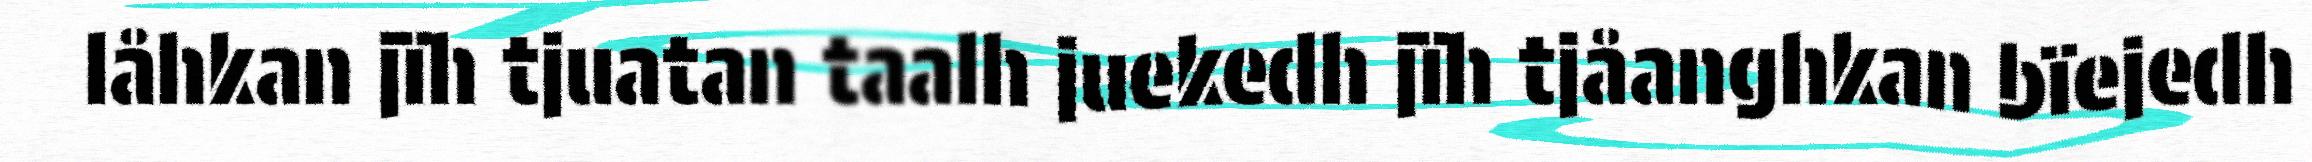
låhkan jïh tjuatan taalh juekedh jïh tjåanghkan bïejedh